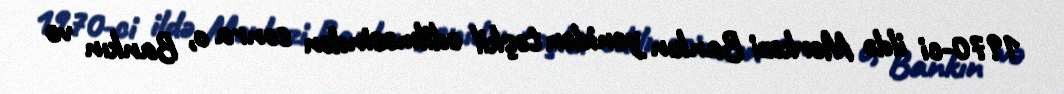
1970-ci ildə Mərkəzi Bankın yenidən təşkil edilməsindən sonra o, Bankın və